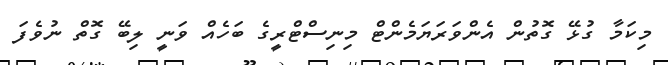
މިކަމާ ގުޅޭ ގޮތުން އެންވަރަޔަމެންޓް މިނިސްޓްރީގެ ބަހެއް ވަނީ ލިބޭ ގޮތް ނުވެފަ